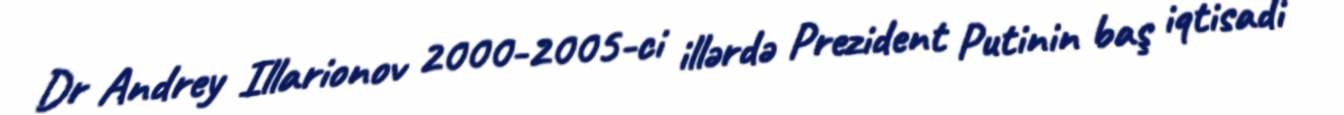
Dr Andrey Illarionov 2000-2005-ci illərdə Prezident Putinin baş iqtisadi